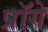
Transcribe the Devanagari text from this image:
प्रॉगे